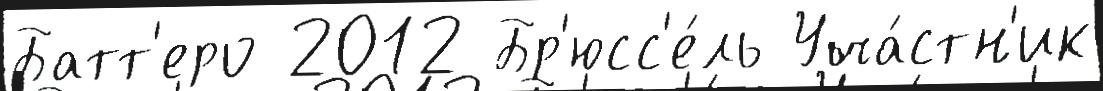
Батт'еро 2012 Бр'юсс'е́ль Уча́стн'ик